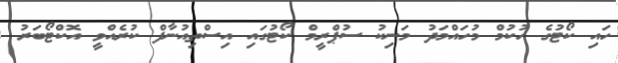
ހައި ކޯޓުގެ ހުކުމް މުހައްމަދު މަނިކު ސުޕްރީމް ކޯޓުގައި އިސްތިއުނާފް ކުރެއްވީ އޮކްޓޯބަރު